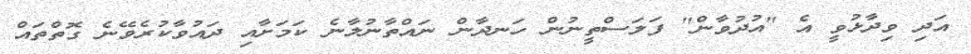
އަދި ވިދާޅުވީ އެ "އުދުވާން" ފަލަސްތީނުން ހަނދާން ނައްތާނުލާނެ ކަމަށާއި ދައުވާކުރެވޭނެ ގޮތްތައް